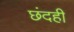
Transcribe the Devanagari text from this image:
छंदही